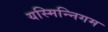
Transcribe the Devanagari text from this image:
यस्मिन्निगम